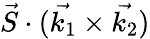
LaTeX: \vec{S}\cdot(\vec{k_{1}}\times\vec{k_{2}})